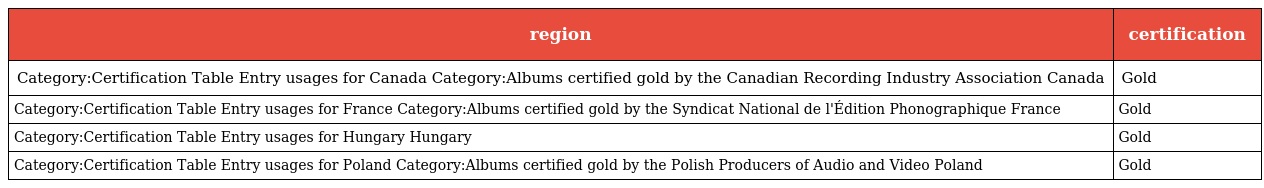
| region | certification |
 | --- | --- |
 | Category:Certification Table Entry usages for Canada Category:Albums certified gold by the Canadian Recording Industry Association Canada | Gold |
 | Category:Certification Table Entry usages for France Category:Albums certified gold by the Syndicat National de l'Édition Phonographique France | Gold |
 | Category:Certification Table Entry usages for Hungary Hungary | Gold |
 | Category:Certification Table Entry usages for Poland Category:Albums certified gold by the Polish Producers of Audio and Video Poland | Gold |